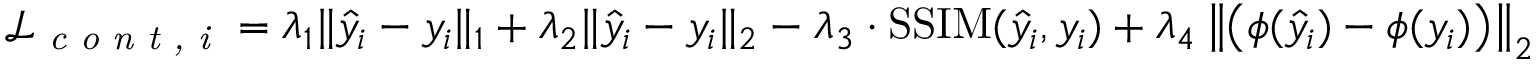
\mathcal { L } _ { \textit { c o n t , i } } = \lambda _ { 1 } \| \hat { y } _ { i } - y _ { i } \| _ { 1 } + \lambda _ { 2 } \| \hat { y } _ { i } - y _ { i } \| _ { 2 } - \lambda _ { 3 } \cdot \operatorname { S S I M } ( \hat { y } _ { i } , y _ { i } ) + \lambda _ { 4 } \left\| \left( \phi ( \hat { y } _ { i } ) - \phi ( y _ { i } ) \right) \right\| _ { 2 }